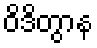
ဝိဒိတွာန